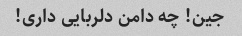
جین! چه دامن دلربایی داری!